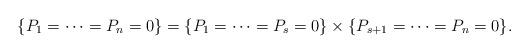
LaTeX: \begin{align*} \{P_1=\cdots=P_n=0\} = \{P_1=\cdots=P_s=0\} \times \{P_{s+1}=\cdots=P_n=0\}. \end{align*}